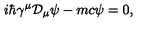
i \hbar \gamma ^ { \mu } { \mathcal D } _ { \mu } \psi - m c \psi = 0 ,